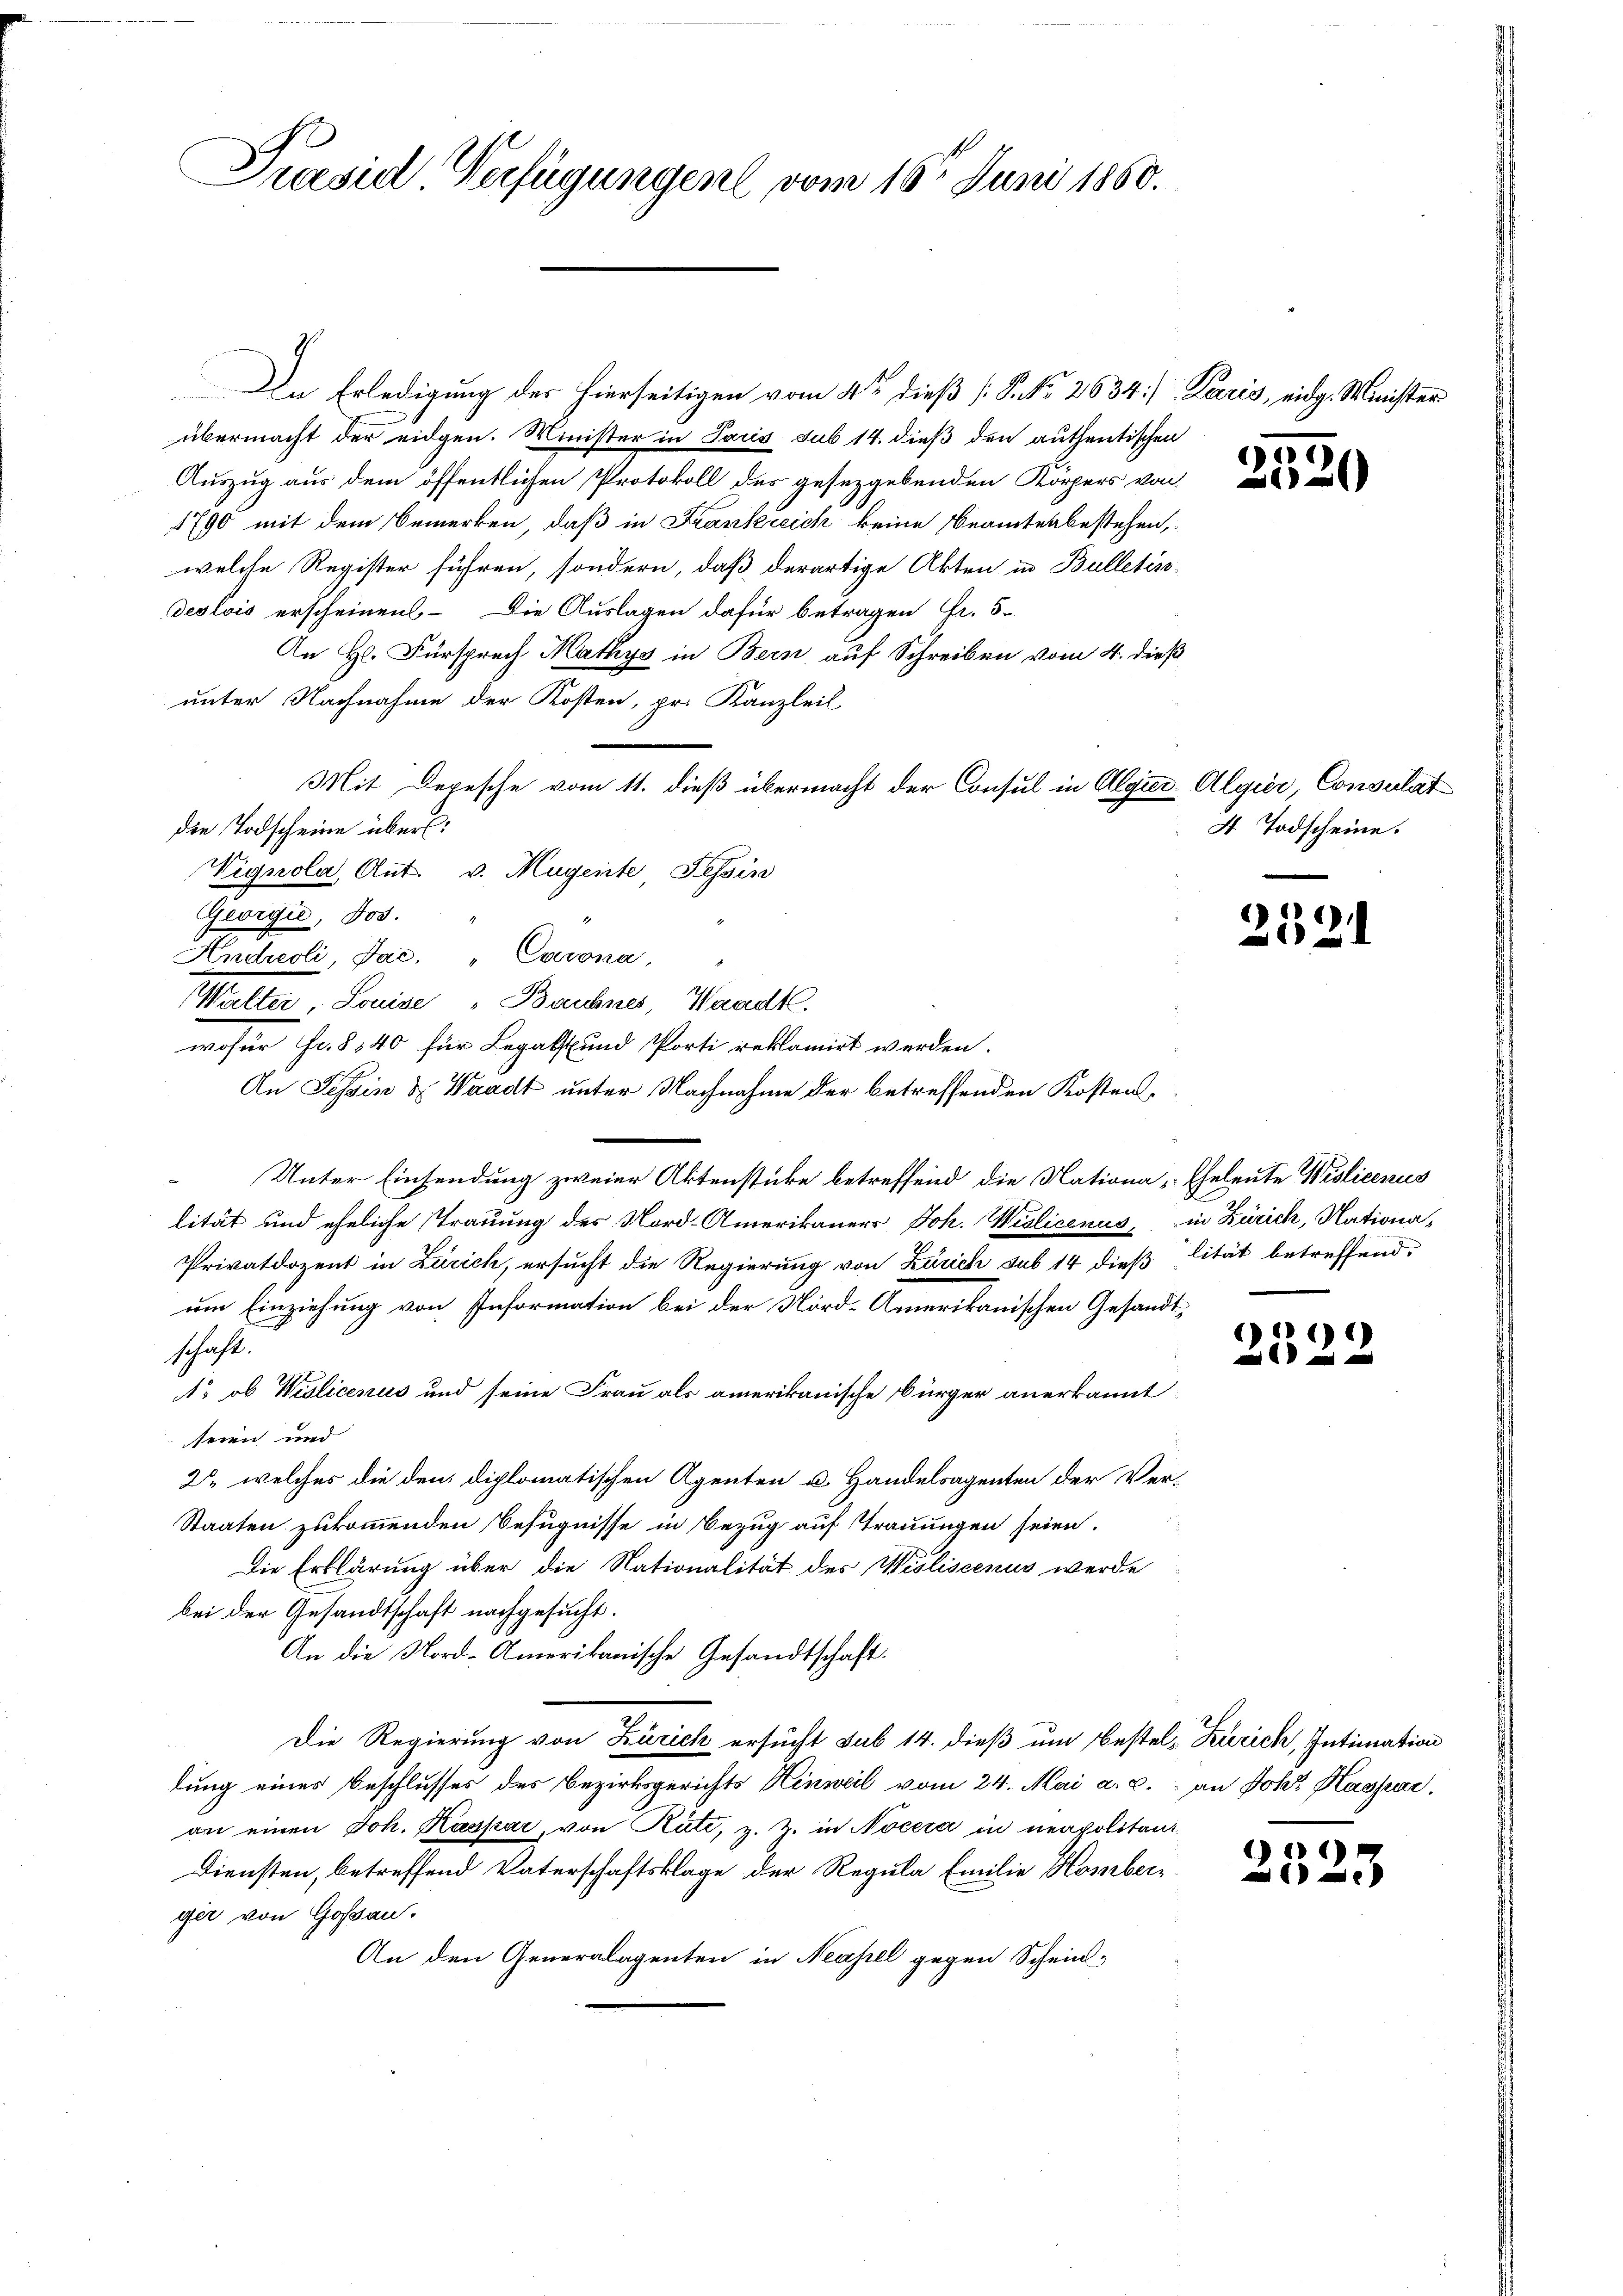
Praesie Verfügungen vom 16ten Juni 1860.

In Erledigung des hierseitigen vom 4ten dieß [S. No 2634] Paris, eidg. Minister
übermacht der eidgen. Minister in Paris sub 14. dieß den authentischen
Auszug aus dem öffentlichen Protokoll des gesezgebenden Körpers von
1790 mit dem Bemerken, daß in Frankreich keine Beamten bestehen,
welche Register führen, sondern, daß derartige Akten in Bulletin-
deslois erscheinen. Die Auslagen dafür betragen Fr. 5.
An H. Fürsprech Mathys in Bern, auf Schreiben vom 4. dieß
unter Nachnahme der Kosten, pr. Kanzleil
Mit Depesche vom 11. dieß übermacht der Consul in Algier-Algier, Consulat
die Todscheine über:
Vignola, Ant. v. Mugente Tessin
Georgić, Jos.
Andreoli, Jac. " Cavona,
Walter, Louise "Bachnes, Waadt.
wofür Fr. 840 für Legalsund Porti reklamirt werden.
An Tessin & Waadt unter Nachnahme der betreffenden Kostens¬
Unter Einsendung zweier Aktenstücke betreffend die Nationa- Eheleute Wislicenus
lität und eheliche Trauung des Nord-Amerikaners Joh. Wiolicenus, in Zürich, Nationa¬
Privatdozent in Zürich, ersucht die Regierung von Zürich sub 14 dieß lität betreffend,
um Einziehung von Information bei der Nord-Amerikanischen Gesandtschaft.
o ob Violicenus und seine Frau als amerikanische Bürger anerkannt:
seien und
2 welches die den diplomatischen Agenten u. Handelsagenten der Ver-
Staaten zukommenden Befugnisse in Bezug auf Trauungen seien.
Die Erklärung über die Nationalität des Wisliscenus werde
bei der Gesandtschaft nachgesucht.
An die Nord-Amerikanische Gesandtschaft.
Die Regierung von Zürich ersucht sub 14. dieß um bestel-Zürich, Intimation
lung eines Beschlusses des Bezirksgerichts Hinweil vom 24. Mai a. c. an Joh. Kaspar
an einen Joh. Kaspar, von Rute, z. Z. in Nocera in neapolitant
Diensten, betreffend Vaterschaftsklage der Regula Emilie Homberger von Goßau.
An den Generalagenten in Neapel gegen Schein-

e

)
2

¬

4 Todscheine.

)
 an d

) 2)